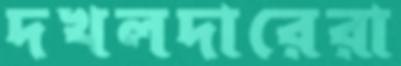
দখলদারেরা